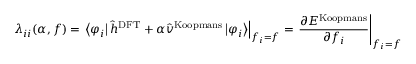
\lambda _ { i i } ( \alpha , f ) = \left. \left\langle \varphi _ { i } \right\vert \hat { h } ^ { \mathrm { D F T } } + \alpha \hat { v } ^ { \mathrm { K o o p m a n s } } \left\vert \varphi _ { i } \right\rangle \right\vert _ { f _ { i } = f } = \left. \frac { \partial E ^ { \mathrm { K o o p m a n s } } } { \partial f _ { i } } \right\vert _ { f _ { i } = f }